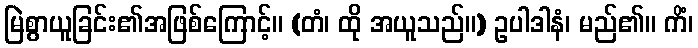
မြဲစွာယူခြင်း၏အဖြစ်ကြောင့်။ (တံ၊ ထို အယူသည်။) ဥပါဒါနံ၊ မည်၏။ ကိံ၊